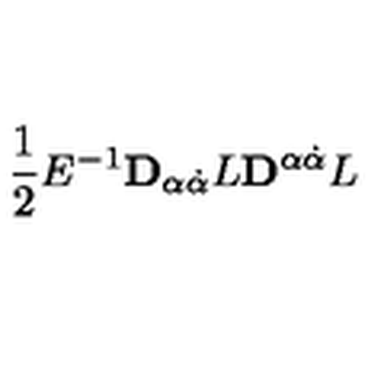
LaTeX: \frac { 1 } { 2 } E ^ { - 1 } { \bf D } _ { \alpha \dot { \alpha } } L { \bf D } ^ { \alpha \dot { \alpha } } L